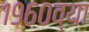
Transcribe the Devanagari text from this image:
१९६०व्या